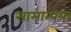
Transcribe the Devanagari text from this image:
सामान्यया